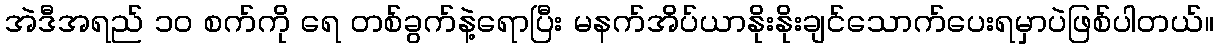
အဲဒီအရည် ၁၀ စက်ကို ရေ တစ်ခွက်နဲ့ရောပြီး မနက်အိပ်ယာနိုးနိုးချင်သောက်ပေးရမှာပဲဖြစ်ပါတယ်။